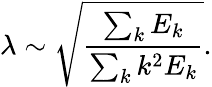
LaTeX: \lambda\sim\sqrt{\frac{\sum_{k}E_{k}}{\sum_{k}k^{2}E_{k}}}.